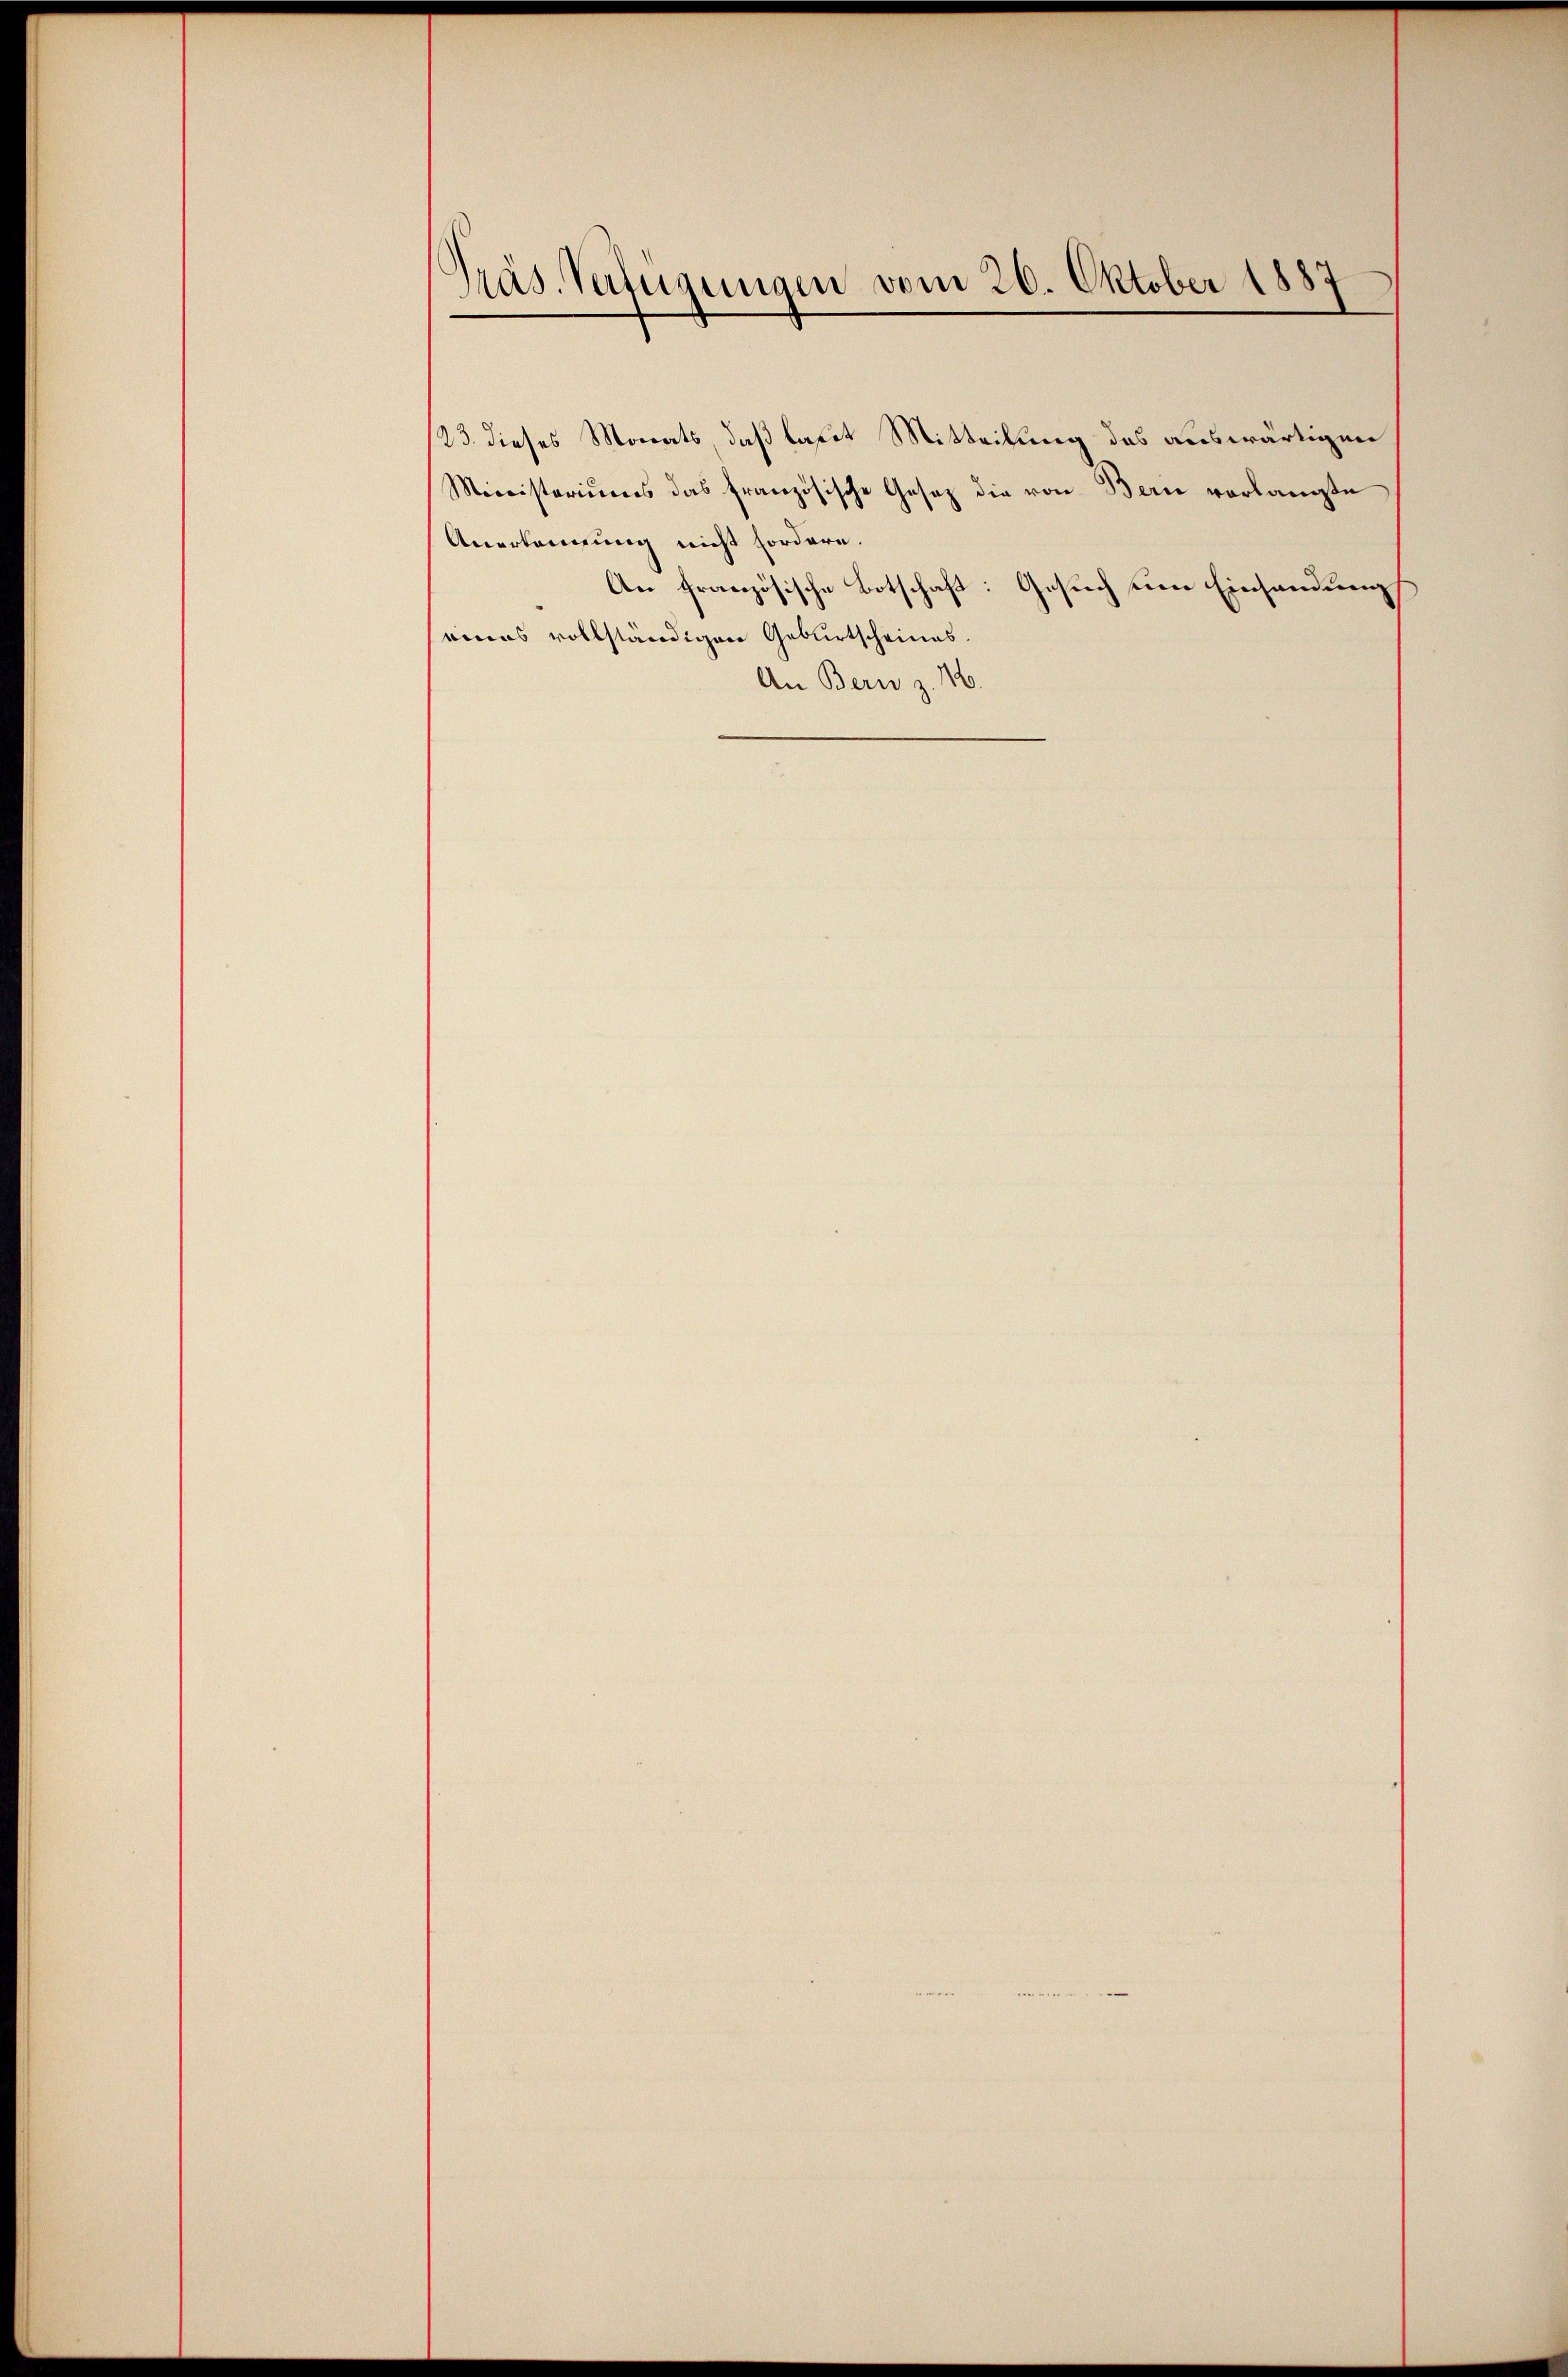
Präs. Verfügungen vom 20. Oktober 1887

/23. dieses Monats, daß laut Mitteilung des auswärtigen
Ministeriums das französische Gesetz die von Bern vorlangte
Anerkennung nicht fordern.
An französische Botschaft: Gesuch um Einsendung
seines vollständigen Geburtscheines.
An Bern z. 16.